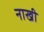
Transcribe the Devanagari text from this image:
नाखी